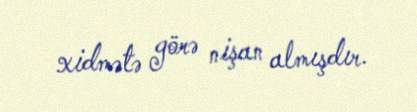
xidmətə görə nişan almışdır.